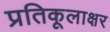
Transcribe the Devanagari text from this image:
प्रतिकूलाक्षर